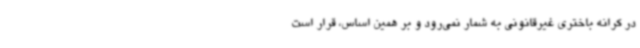
در کرانه باختری غیرقانونی به شمار نمی‌رود و بر همین اساس، قرار است